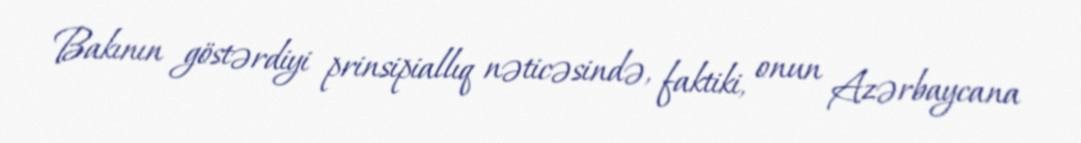
Bakının göstərdiyi prinsipiallıq nəticəsində, faktiki, onun Azərbaycana